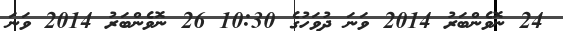
24 ނޮވެންބަރު 2014 ވަނަ ދުވަހުގެ 10:30 26 ނޮވެންބަރު 2014 ވަނަ